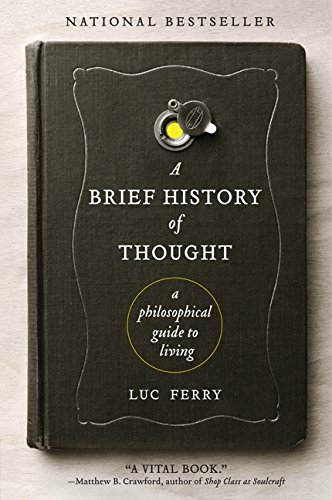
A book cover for A Brief History of Thought: A Philosophical Guide to Living (Learning to Live); Luc Ferry; Politics & Social Sciences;